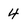
Character: 4